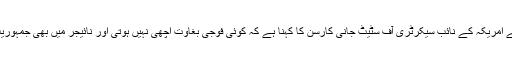
افریقی امور کے لئے امریکہ کے نائب سیکرٹری آف سٹیٹ جانی کارسن کا کہنا ہے کہ کوئی فوجی بغاوت اچھی نہیں ہوتی اور نائیجر میں بھی جمہوریت ناممکن نہیں ہے۔